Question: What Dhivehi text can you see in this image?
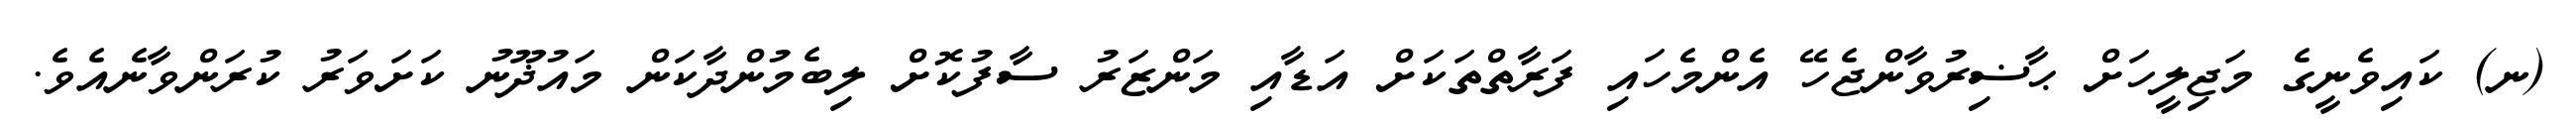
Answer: (ނ) ކައިވެނީގެ މަޖިލީހަށް ޙާޟިރުވާންޖެހޭ އެންމެހައި ފަރާތްތަކަށް އަޑާއި މަންޒަރު ސާފުކޮށް ލިބެމުންދާކަން މައުޛޫނު ކަށަވަރު ކުރަންވާނެއެވެ.